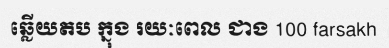
ឆ្លើយតប ក្នុង រយៈពេល ជាង 100 farsakh